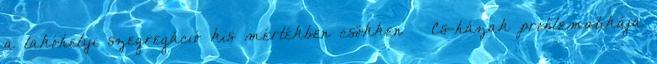
a lakóhelyi szegregáció kis mértékben csökken  Cs-házak problematikája